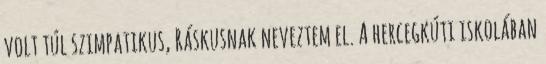
volt túl szimpatikus, Ráskusnak neveztem el. A hercegkúti iskolában